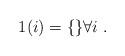
LaTeX: \begin{align*}1(i)=\{\}\forall i\;.\end{align*}